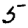
Digit: 5